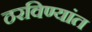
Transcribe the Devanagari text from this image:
ठरविण्यांत